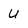
Character: U